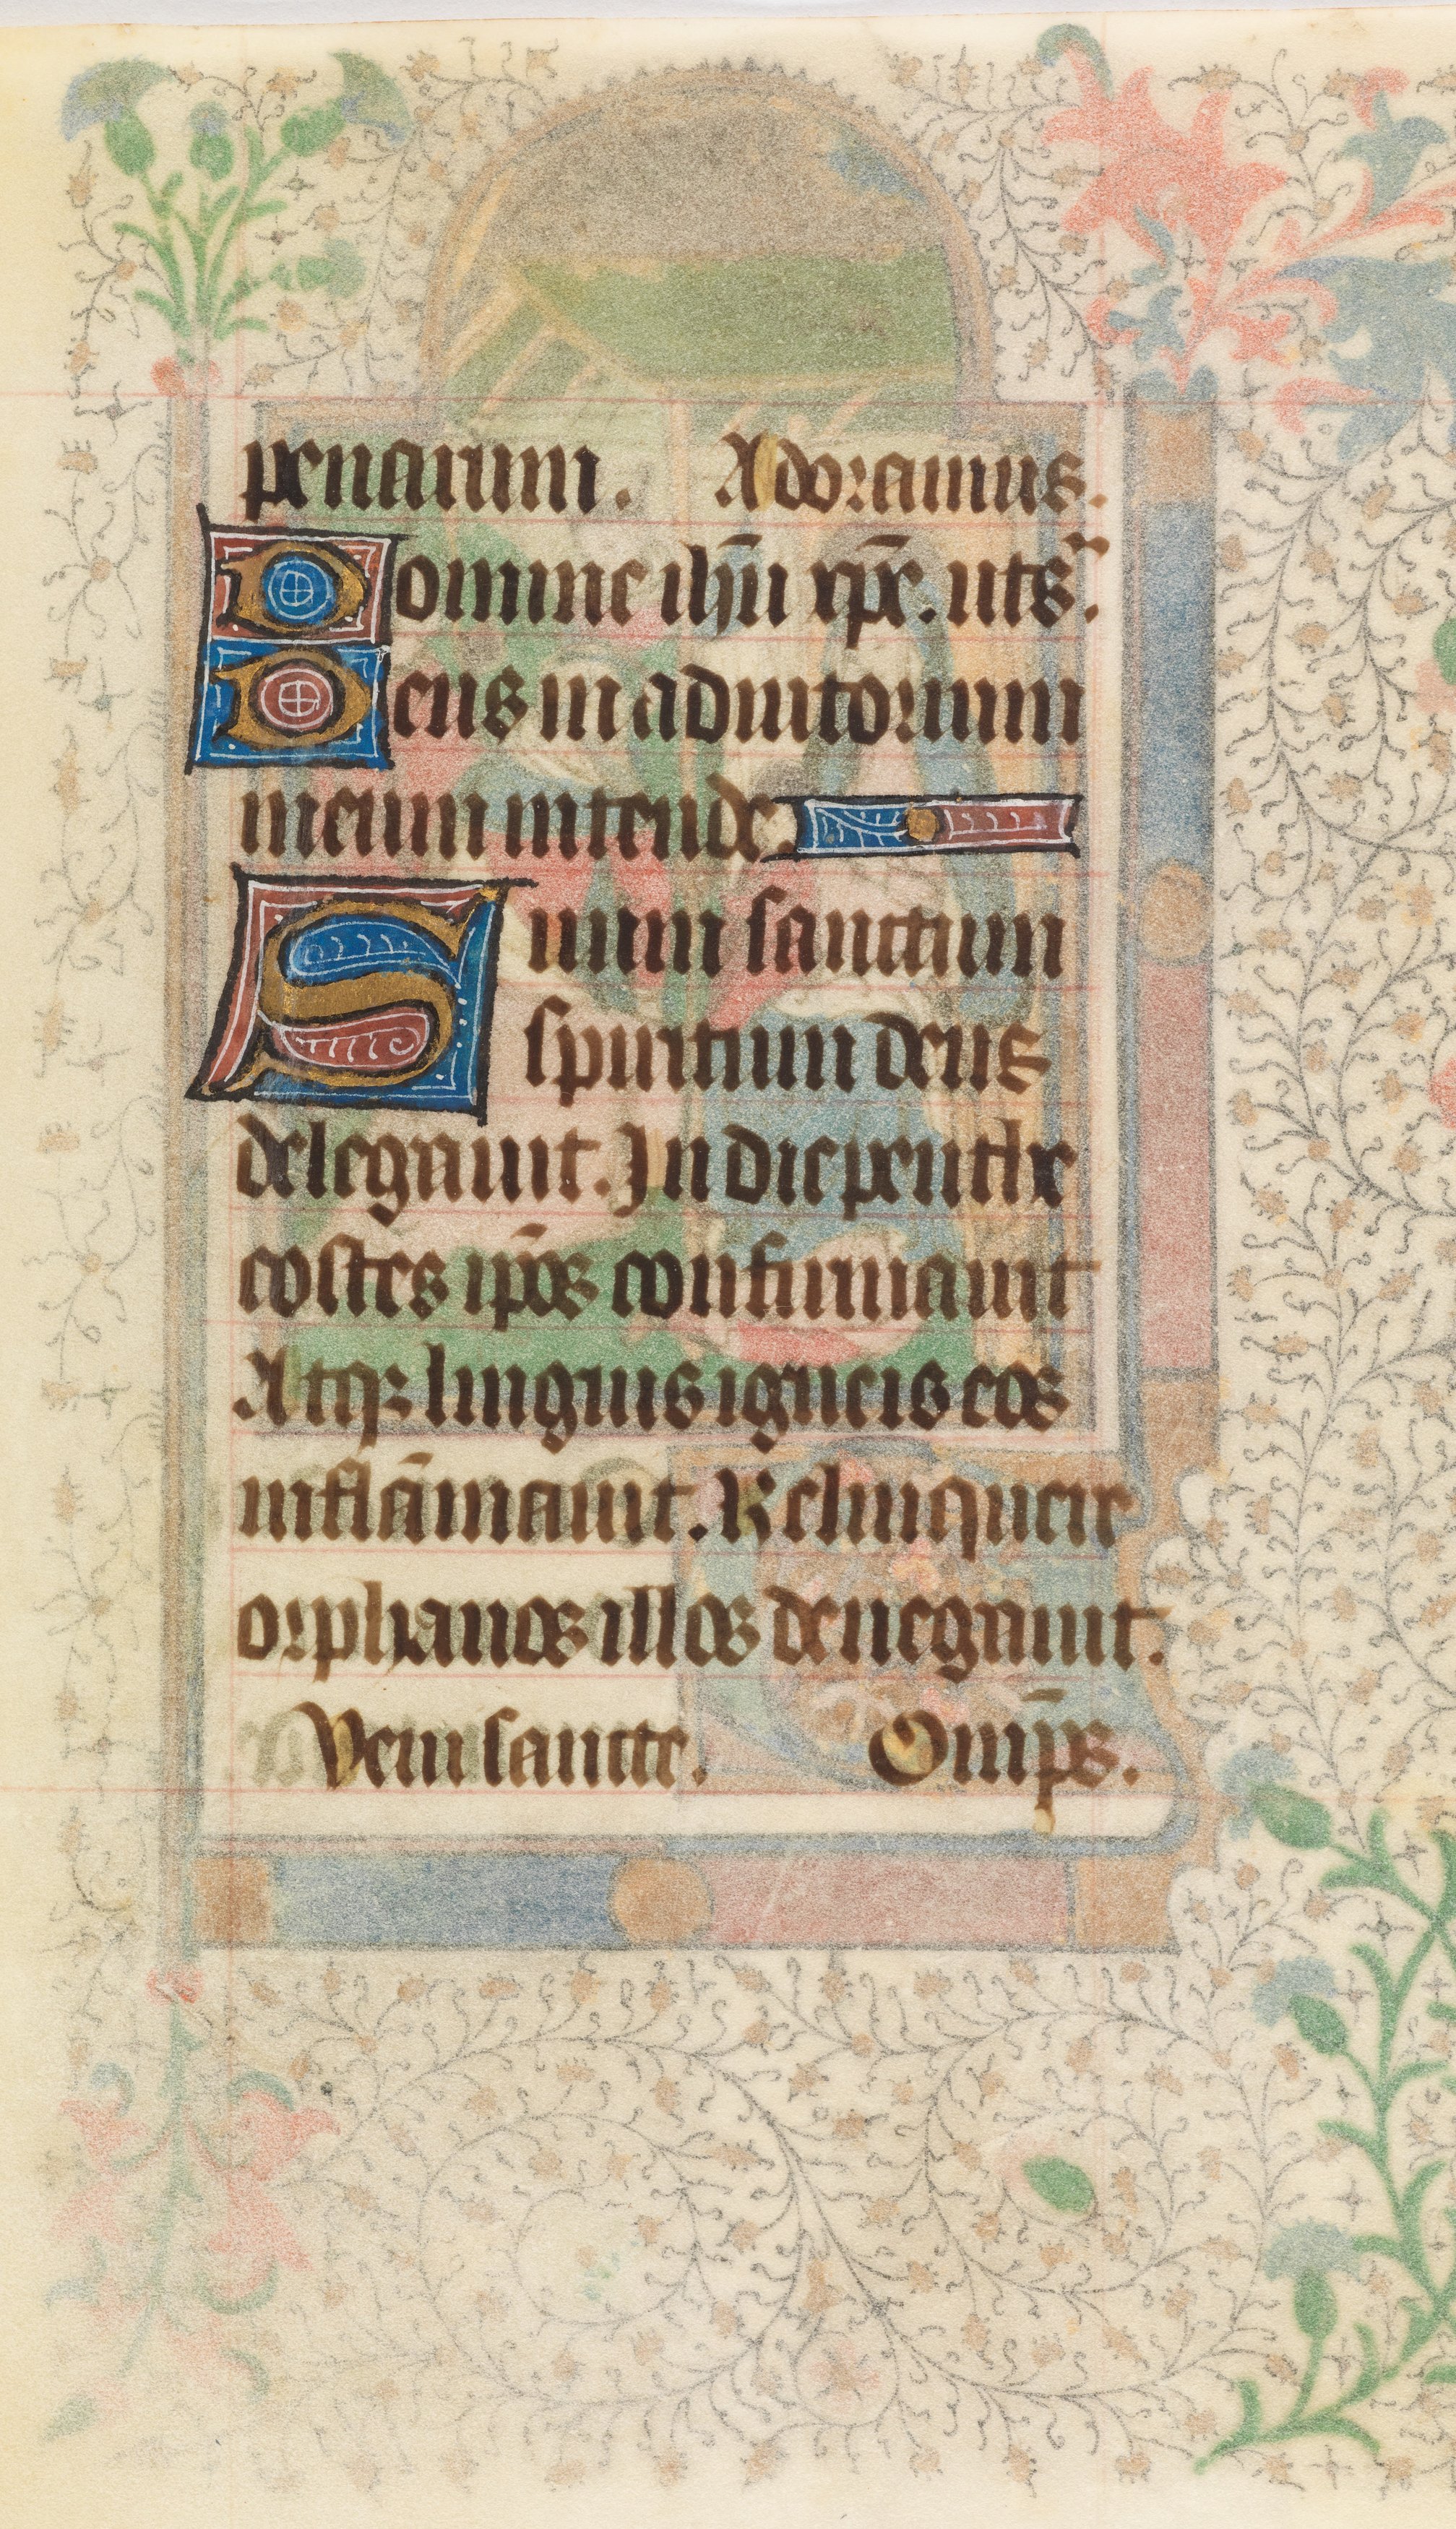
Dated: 1414–1445